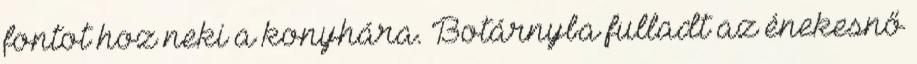
fontot hoz neki a konyhára. Botárnyba fulladt az énekesnő